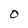
Character: O